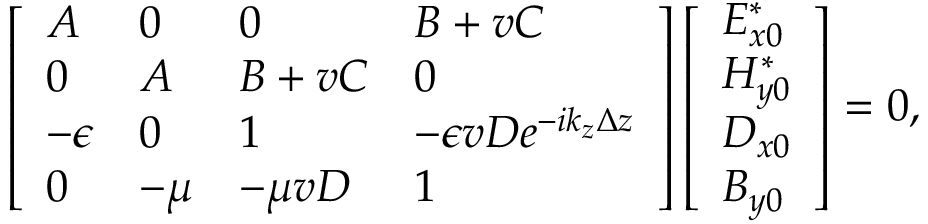
\left[ \begin{array} { l l l l } { A } & { 0 } & { 0 } & { B + v C } \\ { 0 } & { A } & { B + v C } & { 0 } \\ { - \epsilon } & { 0 } & { 1 } & { - \epsilon v D e ^ { - i k _ { z } \Delta z } } \\ { 0 } & { - \mu } & { - \mu v D } & { 1 } \end{array} \right] \left[ \begin{array} { l } { E _ { x 0 } ^ { * } } \\ { H _ { y 0 } ^ { * } } \\ { D _ { x 0 } } \\ { B _ { y 0 } } \end{array} \right] = 0 ,